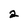
Character: 2